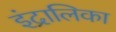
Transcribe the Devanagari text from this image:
इंद्रालिका